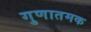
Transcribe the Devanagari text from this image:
गुणातमक